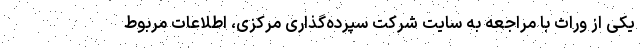
یکی از وراث با مراجعه به سایت شرکت سپرده‌گذاری مرکزی، اطلاعات مربوط